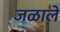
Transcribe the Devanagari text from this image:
जळाले